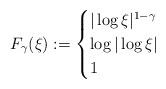
LaTeX: \begin{align*}F_\gamma(\xi ) := \begin{cases}|\log \xi |^{1-\gamma} & \\\log|\log \xi | & \\1 & \end{cases}\end{align*}